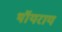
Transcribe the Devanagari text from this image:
थॉयराय